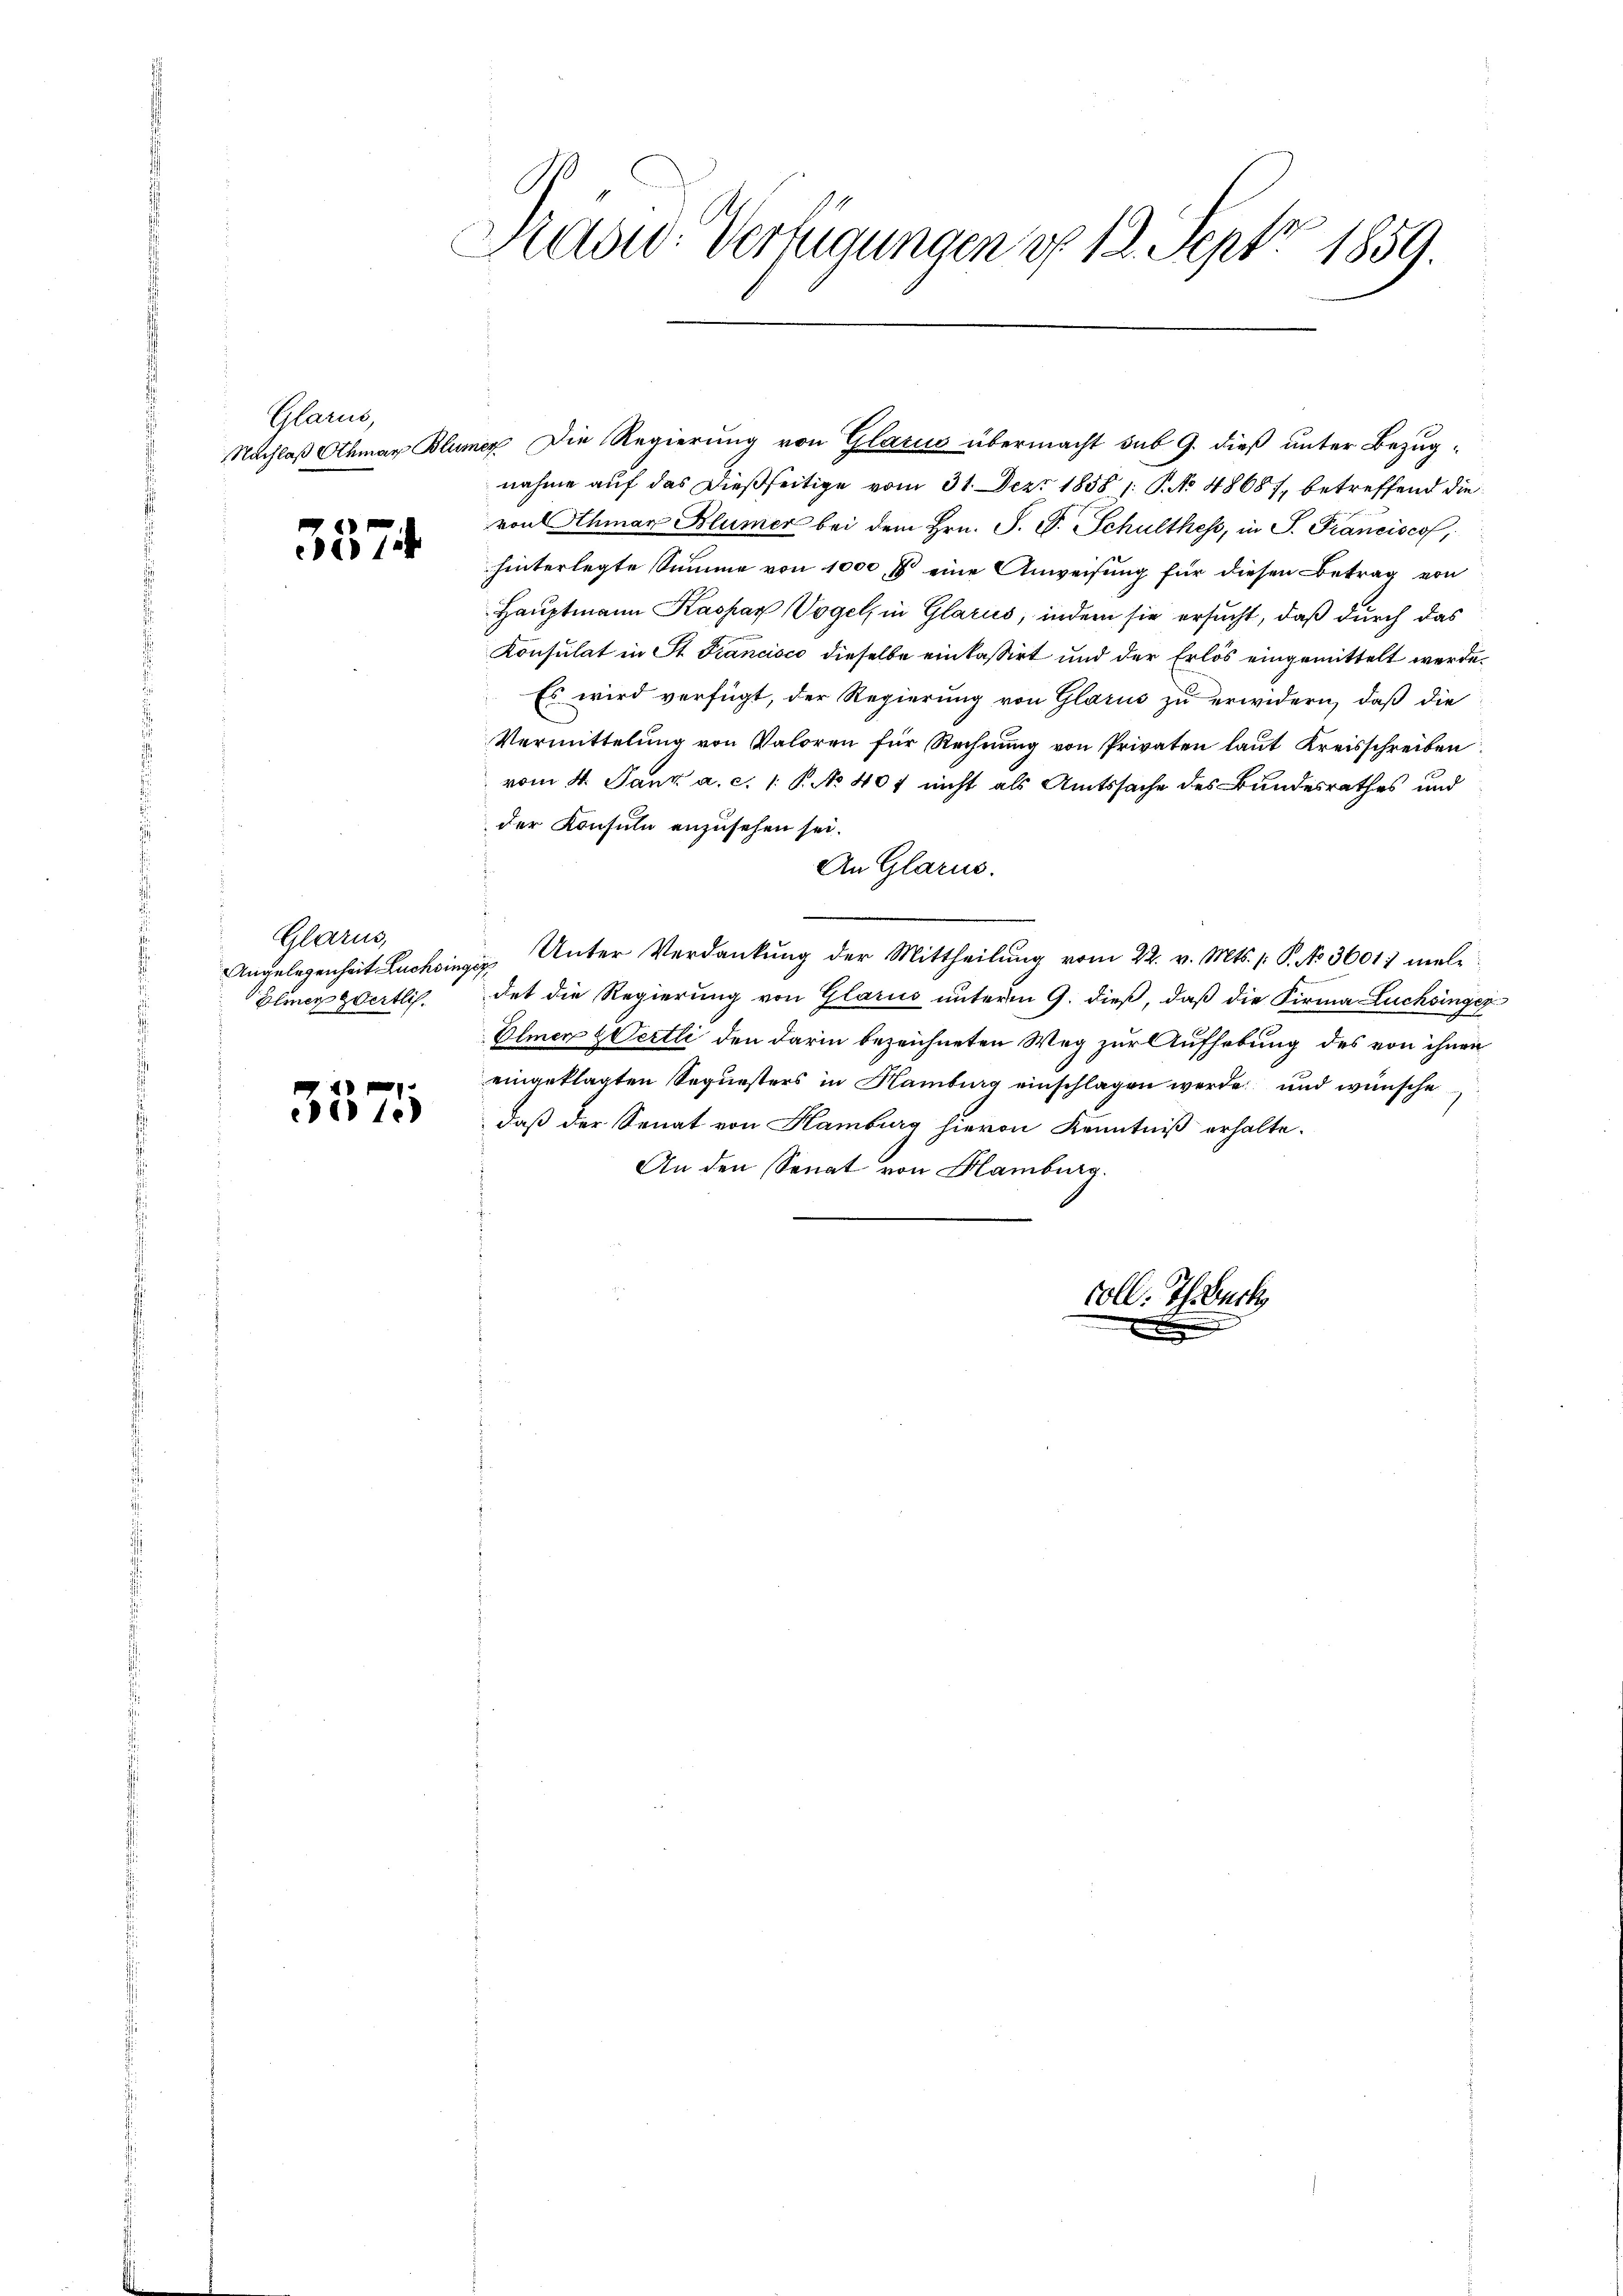
Glarne
Nachlaß Othmar Blun

d
1

Glarus,
Angelegenheit Lüchsing
Elmer zwertlich.

5571

Mad: Verfügungen d. 12. Sept. 1859.

er. Die Regierung von Glarus übermacht sub 9. dieß unter Bezugnahme auf das dießseitige vom 31. Dez. 1858 /: P. No 48687, betreffend die
von Othman Blümer bei dem Hrn. S. S. Schulthess, in S. Franciscof
hinterlegte Summe von 1000 f eine Anweisung für diesen Betrag von
Hauptmann Kaspar Vogel, in Glarus, indem sie ersucht, daß durch das
Konsulat in St. Francisco dieselbe einkassirt und der Erlös eingemittelt werde.
Es wird verfügt, der Regierung von Glarus zu erwidern, daß die
Vermittelung von Valoren für Rechnŭng von Privaten laut Kreisschreiben
vom 4. Janz a. c. 1. P. No 401 nicht als Amtssache des Bundesrathes und
der Konsuln anzusehen sei.
An Glarus.
Unter Verdankŭng der Mittheilŭng vom 22. v. Mts. 1. P. No 3601 male
1
det die Regierung von Glarus unterm 9. dieß, daß die Firma Luchinger
Olmen & Oertli den darin bezeichneten Weg zur Aufhebung des von ihnen
eingeklagten Sequesters in Hamburg einschlagen werde und wünsche
daß der Senat von Hamburg hievon Kenntniß erhalte.
An den Senat von Blamburg.

Coll. Th. Back